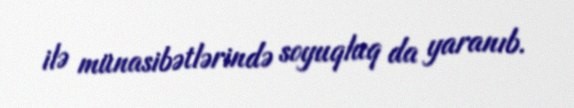
ilə münasibətlərində soyuqluq da yaranıb.